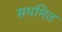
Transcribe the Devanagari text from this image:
सयमित